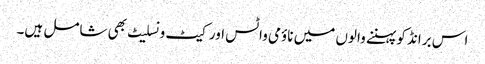
اس برانڈ کو پہننے والوں میں ناؤمی واٹس اور کیٹ ونسلیٹ بھی شامل ہیں۔